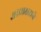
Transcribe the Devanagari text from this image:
आद्याक्षराचे